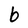
Character: b